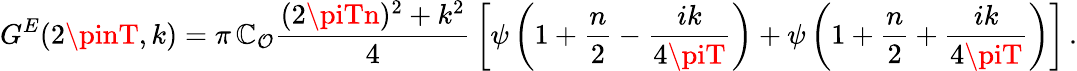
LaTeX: G^{E}(2\pinT,k)=\pi\, \mathbb{C}_{\cal{O}}{\frac{{(2\piTn)^{2}+k^{2}}}{{4}}}\left[\psi\left(1+{\frac{{n}}{{2}}}-{\frac{{ik}}{{4\piT}}}\right)+\psi\left(1+{\frac{{n}}{{2}}}+{\frac{{ik}}{{4\piT}}}\right)\right]\, .